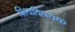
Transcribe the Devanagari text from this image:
शिवविषयक